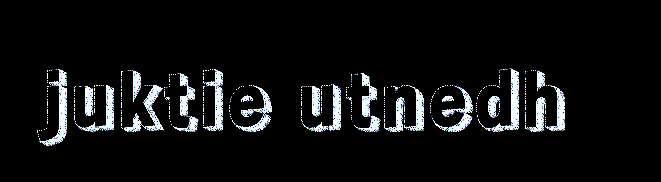
juktie utnedh